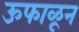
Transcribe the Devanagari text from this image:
ऊफाळून